Civil Veterinary Department Bihar & Orissa reports 1911-21 - 1911-1921
Year: 1911
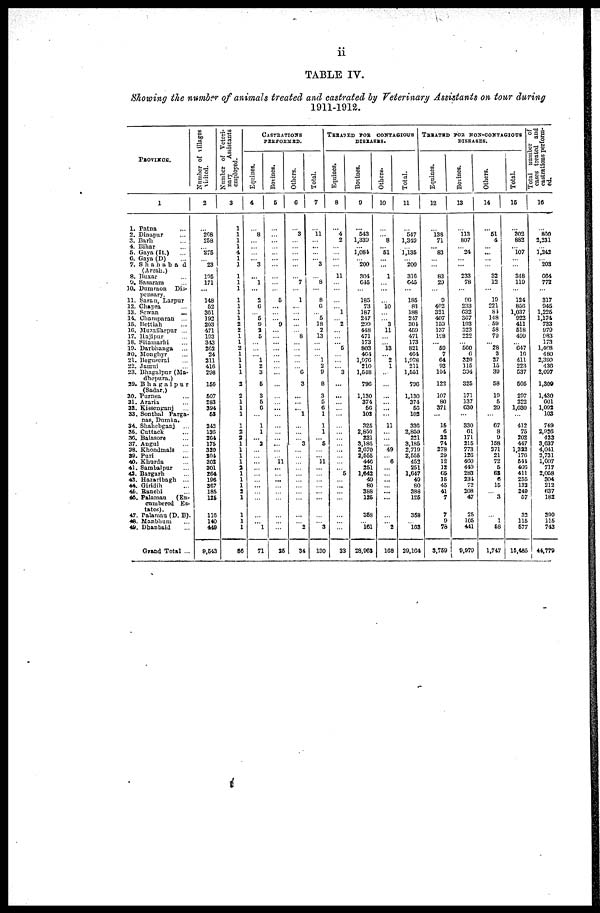
ii
TABLE IV.
showing the number of animals treated and castrated by Veterinary Assistants on tour during
1911-1912.
PROVINCE.
1
1. Patna ...
2. Dinapur ...
3. Barh ...
4. Bihar ...
5. Cava (It.) ...
6. Gaya (D) ...
7. Shahabad
(Arrai:.)
8. Buxar ...
9. Sasaram ...
10. Dumraon
Dis-
pensary.
11. Saran , Larpur
12. Chapra ...
13. Sewan ...
14. Champaran ...
16. Bettiah ...
16. Muzaffarpur ...
17. Hajipur ...
18. Shamarhi ...
19. Darbhanga ...
20. Monghyr ...
21. Begusersi ...
22. Jamui ...
23. Bhagalpur (Ma-
dhupura.)
29. Bhagalpur ...
(Sadar.)
30. Purnea ...
31. Araria ...
32. Kissanganj ...
33. Sonthal Parga-
nas,Dumha.
34. Shahebganj ...
35. Cuttack ...
36. Balasore ...
37. Augul ...
38. Khondmals
39. Puri ...
40. Khurda ...
41. Sambalpur ...
42. Bargarh ...
43. Hazartbagh ...
44. Giridih ...
45. Ranchi ...
46. Palarnau
(En-
cumbered Es-
tates).
47. Palamau (D. B).
48. Manbhurn ...
49. Dhanbaid ...
Grand Total ...
Number of Villages
Visited
2
...
268 258
275
23
125 171
148
52
301
192
203
471
193
313
202
24
211
410
208
156
607
283
394
63
242
136
264
175
320
204 302
301
264
196
367
185 126
110
140
449
9,643
Number of Veteti-
nary
Assistants
employed.
3
1
1
1
1 4
1
1
1
1
1
1
1
1
1
1
1
1
1
1
1
1
1
1
1 1
2
1
1
1
1
1
66
CASTRATIONS
PERFORMED.
Equines.
4
...
8
3
... 1
2
6
5
0
J
5
1 2
3
6
3
6
6
1
1
2
...
1
71
Bovines.
5
5
9
...
11
...
26
Others.
6
3
7
1
... 8
6
3
1
3
...
...
...
...
... 2
34
Total.
7
11
3
8
8
0
5
18 2
13
1
2
0
8
3
5
6 1
1
1
5
11
3
130
TREATED FOR CONTAGIOUS
DISEASES.
Equines.
8
4
2
11
...
1
2
6
...
3
...
5
33
Bovines.
9
543
1,339
1.081
200
304
615
185
73
187
217
200
4-18
471
173
803
401
1,976
210
1,548
796
1,130
374
60
102
325
2,850
221
3,185
2,670
2,655
440
261
1,642
49
80
388
126
368
181
28,068
Others.
10
... 8
61
1
10
3
11
13
2
1
11
49
6
2
108
Total.
11
547
1,349
1,135
200
310
625
185
83
188
217
304
459
471
173
821
404
1,078
211
1,551
796
1,130
374
60
102
330
2,850
221
3,185
2.710
2,555
452
251
1,647
49
80
388
126
358
103
29,164
TREATED FOR NON-CONTAGIOUS
DISEASES.
Equines.
12
138
71
83
83
20
0
402
321
407
15.1
137
198
59 7
64 03
104
122
107 80
371
16
6
22
74
278
29 12
12
65 16
45
41
7
7
0
76
3,759
Bovines.
13
113
807
24
233
78
96
233
632 307
103
323
222
560 0
320 115
394
325
171
137
630
330
01
171
215
773
126
460
449
283
231 72
208
47
25
105
411
9,979
Others.
14
...
51 4
32
12
...
19
221
81
148
59
59 70
28
3
27
15
30
58
10
5
20
67 8
9
158
371
21
72 6
G3
6 15
3
1
68
1,747
Total.
15
302
832
107
848 110
121
850
1,037
922
411
618
400
647 10
411 223
537
005
207
222
1,030
412 75
202
447
1,322
176
611
400
411
255
132
240
67
32
115
677
15,485
Total number of
cases treated and
castratious perform-
ed.
16
800
2,231
1,243
203
684
772
317
945
1,226
1,174
733
979
583 173
1,468
480
2,390
436
2,007
1,309
1,430
001
1,002
103
749
2,926
423
3,637
4,041
2,731
1,007
717
2,068
304
212
637
182
390 115
743
44,779